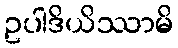
ဥပါဒိယိဿာမိ